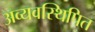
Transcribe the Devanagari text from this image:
अव्यवस्थिपित